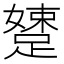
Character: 𨃢